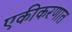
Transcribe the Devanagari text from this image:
एकीकरणात